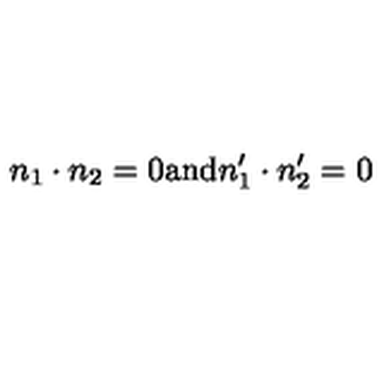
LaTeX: n _ { 1 } \cdot n _ { 2 } = 0 \mathrm { a n d } n _ { 1 } ^ { \prime } \cdot n _ { 2 } ^ { \prime } = 0